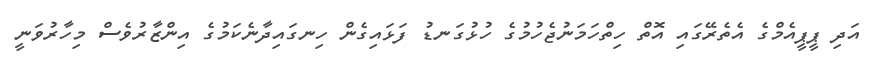
އަދި ޕީޕީއެމްގެ އެތެރޭގައި އޮތް ހިތްހަމަނުޖެހުމުގެ ހުޅުގަނޑު ފަޅައިގެން ހިނގައިދާނެކަމުގެ އިންޒާރުވެސް މިހާރުވަނީ